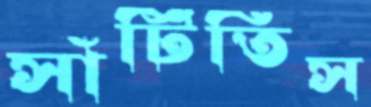
সাঁটিতিস